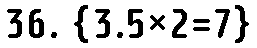
36. {3.5×2=7}